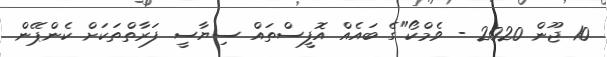
10 ޖޫން 2020 - ވެމްކޯ"ގެ ބައެއް އޮފީސްތައް ސިޔާސީ ފަރާތްތަކަށް ކެންޕޭން